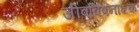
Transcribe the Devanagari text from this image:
जीवविषनाशक